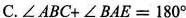
C. $$∠ A B C + ∠ B A E = 1 8 0 °$$